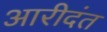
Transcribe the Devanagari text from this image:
आरीदंत